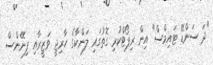
"ދަ ސަންޑޭ ޓައިމްސް" އިން ރިޕޯޓްކުރި ގޮތުގައި ލަންކާގެ ހާރިޖީ ވަޒީރާއި ފިނޭންސް